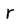
Character: r